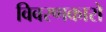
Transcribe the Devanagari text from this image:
विवरणकारो